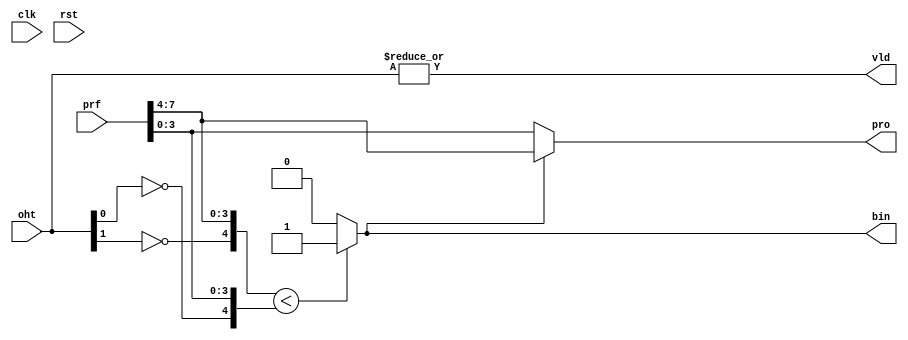
////////////////////////////////////////////////////////////////////////////////////
// Copyright (c) 2015 ; The University of British Columbia ; All rights reserved. //
//                                                                                //
// Redistribution  and  use  in  source   and  binary  forms,   with  or  without //
// modification,  are permitted  provided that  the following conditions are met: //
//   * Redistributions   of  source   code  must  retain   the   above  copyright //
//     notice,  this   list   of   conditions   and   the  following  disclaimer. //
//   * Redistributions  in  binary  form  must  reproduce  the  above   copyright //
//     notice, this  list  of  conditions  and the  following  disclaimer in  the //
//     documentation and/or  other  materials  provided  with  the  distribution. //
//   * Neither the name of the University of British Columbia (UBC) nor the names //
//     of   its   contributors  may  be  used  to  endorse  or   promote products //
//     derived from  this  software without  specific  prior  written permission. //
//                                                                                //
// THIS  SOFTWARE IS  PROVIDED  BY THE COPYRIGHT HOLDERS AND CONTRIBUTORS "AS IS" //
// AND  ANY EXPRESS  OR IMPLIED WARRANTIES,  INCLUDING,  BUT NOT LIMITED TO,  THE //
// IMPLIED WARRANTIES OF MERCHANTABILITY AND FITNESS FOR A PARTICULAR PURPOSE ARE //
// DISCLAIMED.  IN NO  EVENT SHALL University of British Columbia (UBC) BE LIABLE //
// FOR ANY DIRECT,  INDIRECT,  INCIDENTAL,  SPECIAL,  EXEMPLARY, OR CONSEQUENTIAL //
// DAMAGES  (INCLUDING,  BUT NOT LIMITED TO,  PROCUREMENT OF  SUBSTITUTE GOODS OR //
// SERVICES;  LOSS OF USE,  DATA,  OR PROFITS;  OR BUSINESS INTERRUPTION) HOWEVER //
// CAUSED AND ON ANY THEORY OF LIABILITY,  WHETHER IN CONTRACT, STRICT LIABILITY, //
// OR TORT  (INCLUDING NEGLIGENCE OR OTHERWISE) ARISING IN ANY WAY OUT OF THE USE //
// OF  THIS SOFTWARE,  EVEN  IF  ADVISED  OF  THE  POSSIBILITY  OF  SUCH  DAMAGE. //
////////////////////////////////////////////////////////////////////////////////////

////////////////////////////////////////////////////////////////////////////////////
// lpm_out: Recursive Longest-Prefix-Macth (LPM) encoder; Automatically generated//
//                                                                                //
//   BRAM-based II-TCAM ; The University of British Columbia (UBC) ;  Dec. 2015   //
////////////////////////////////////////////////////////////////////////////////////

// lpm2_out: 2-bit  Longest-Prefix-Macth (LPM) sub-module; Automatically generated
module lpm2_out(input clk, input rst, input [2-1:0] oht, input [4*2-1:0] prf, output [1-1:0] bin, output [4-1:0] pro, output vld);
  wire [4:0] p0 = { !oht[0] ,  prf[  4-1:0] }; // unpacked input prefix
  wire [4:0] p1 = { !oht[1] ,  prf[2*4-1:4] }; // unpacked input prefix
  assign    bin = (p1<p0) ? 1'b1 : 1'b0      ; // LSP  of the minimum prefix index
  assign    pro = bin ? p1[4-1:0] : p0[4-1:0]; // lower valid minimum
  assign    vld = |oht                       ; // valid bits
endmodule

// lpm4_out: 4-bit  Longest-Prefix-Macth (LPM) sub-module; Automatically generated
module lpm4_out(input clk, input rst, input [4-1:0] oht, input [4*4-1:0] prf, output [2-1:0] bin, output [4-1:0] pro, output vld);
  // recursive calls for four narrower (half the inout width) LPM encoders
  wire [2-2:0] binI[1:0]; wire [1:0] vldI; wire [4-1:0] proI [1:0];
  lpm2_out lpm2_out_in0(clk,rst,oht[4/2-1:0    ],prf[4/2*4-1:0    ],binI[0],proI[0],vldI[0]);
  lpm2_out lpm2_out_in1(clk,rst,oht[4  -1:  4/2],prf[4  *4-1:4/2*4],binI[1],proI[1],vldI[1]);
  // register input LPM encoders outputs if pipelining is required; otherwise assign only
  wire [2-2:0] binII[1:0]; wire [4-1:0] proII[1:0]; wire [   1:0] vldII;
  reg [2-2:0] binIR[1:0]; reg [1:0] vldIR; reg [4-1:0] proIR[1:0];
  always @(posedge clk, posedge rst)
    if (rst) {binIR[1],binIR[0],proIR[1],proIR[0],vldIR} <= {(2*(2+4)){1'b0}};
    else     {binIR[1],binIR[0],proIR[1],proIR[0],vldIR} <= {binI[ 1],binI[ 0],proI[ 1],proI[ 0],vldI };
  assign     {binII[1],binII[0],proII[1],proII[0],vldII} =  {binIR[1],binIR[0],proIR[1],proIR[0],vldIR};
  // output lpm2 to generate indices from valid bits
  lpm2_out lpm2_out_out0(clk,rst,vldII,{proII[1],proII[0]},bin[2-1:2-1],pro,vld);
  assign bin[2-2:0] = bin[2-1:2-1] ? binII[1] : binII[0];
endmodule

// lpm8_out: 8-bit  Longest-Prefix-Macth (LPM) sub-module; Automatically generated
module lpm8_out(input clk, input rst, input [8-1:0] oht, input [4*8-1:0] prf, output [3-1:0] bin, output [4-1:0] pro, output vld);
  // recursive calls for four narrower (half the inout width) LPM encoders
  wire [3-2:0] binI[1:0]; wire [1:0] vldI; wire [4-1:0] proI [1:0];
  lpm4_out lpm4_out_in0(clk,rst,oht[8/2-1:0    ],prf[8/2*4-1:0    ],binI[0],proI[0],vldI[0]);
  lpm4_out lpm4_out_in1(clk,rst,oht[8  -1:  8/2],prf[8  *4-1:8/2*4],binI[1],proI[1],vldI[1]);
  // register input LPM encoders outputs if pipelining is required; otherwise assign only
  wire [3-2:0] binII[1:0]; wire [4-1:0] proII[1:0]; wire [   1:0] vldII;
  reg [3-2:0] binIR[1:0]; reg [1:0] vldIR; reg [4-1:0] proIR[1:0];
  always @(posedge clk, posedge rst)
    if (rst) {binIR[1],binIR[0],proIR[1],proIR[0],vldIR} <= {(2*(3+4)){1'b0}};
    else     {binIR[1],binIR[0],proIR[1],proIR[0],vldIR} <= {binI[ 1],binI[ 0],proI[ 1],proI[ 0],vldI };
  assign     {binII[1],binII[0],proII[1],proII[0],vldII} =  {binIR[1],binIR[0],proIR[1],proIR[0],vldIR};
  // output lpm2 to generate indices from valid bits
  lpm2_out lpm2_out_out0(clk,rst,vldII,{proII[1],proII[0]},bin[3-1:3-1],pro,vld);
  assign bin[3-2:0] = bin[3-1:3-1] ? binII[1] : binII[0];
endmodule

// lpm16_out: 16-bit  Longest-Prefix-Macth (LPM) sub-module; Automatically generated
module lpm16_out(input clk, input rst, input [16-1:0] oht, input [4*16-1:0] prf, output [4-1:0] bin, output [4-1:0] pro, output vld);
  // recursive calls for four narrower (half the inout width) LPM encoders
  wire [4-2:0] binI[1:0]; wire [1:0] vldI; wire [4-1:0] proI [1:0];
  lpm8_out lpm8_out_in0(clk,rst,oht[16/2-1:0    ],prf[16/2*4-1:0    ],binI[0],proI[0],vldI[0]);
  lpm8_out lpm8_out_in1(clk,rst,oht[16  -1:  16/2],prf[16  *4-1:16/2*4],binI[1],proI[1],vldI[1]);
  // register input LPM encoders outputs if pipelining is required; otherwise assign only
  wire [4-2:0] binII[1:0]; wire [4-1:0] proII[1:0]; wire [   1:0] vldII;
  reg [4-2:0] binIR[1:0]; reg [1:0] vldIR; reg [4-1:0] proIR[1:0];
  always @(posedge clk, posedge rst)
    if (rst) {binIR[1],binIR[0],proIR[1],proIR[0],vldIR} <= {(2*(4+4)){1'b0}};
    else     {binIR[1],binIR[0],proIR[1],proIR[0],vldIR} <= {binI[ 1],binI[ 0],proI[ 1],proI[ 0],vldI };
  assign     {binII[1],binII[0],proII[1],proII[0],vldII} =  {binIR[1],binIR[0],proIR[1],proIR[0],vldIR};
  // output lpm2 to generate indices from valid bits
  lpm2_out lpm2_out_out0(clk,rst,vldII,{proII[1],proII[0]},bin[4-1:4-1],pro,vld);
  assign bin[4-2:0] = bin[4-1:4-1] ? binII[1] : binII[0];
endmodule

// lpm32_out: 32-bit  Longest-Prefix-Macth (LPM) sub-module; Automatically generated
module lpm32_out(input clk, input rst, input [32-1:0] oht, input [4*32-1:0] prf, output [5-1:0] bin, output [4-1:0] pro, output vld);
  // recursive calls for four narrower (half the inout width) LPM encoders
  wire [5-2:0] binI[1:0]; wire [1:0] vldI; wire [4-1:0] proI [1:0];
  lpm16_out lpm16_out_in0(clk,rst,oht[32/2-1:0    ],prf[32/2*4-1:0    ],binI[0],proI[0],vldI[0]);
  lpm16_out lpm16_out_in1(clk,rst,oht[32  -1:  32/2],prf[32  *4-1:32/2*4],binI[1],proI[1],vldI[1]);
  // register input LPM encoders outputs if pipelining is required; otherwise assign only
  wire [5-2:0] binII[1:0]; wire [4-1:0] proII[1:0]; wire [   1:0] vldII;
  reg [5-2:0] binIR[1:0]; reg [1:0] vldIR; reg [4-1:0] proIR[1:0];
  always @(posedge clk, posedge rst)
    if (rst) {binIR[1],binIR[0],proIR[1],proIR[0],vldIR} <= {(2*(5+4)){1'b0}};
    else     {binIR[1],binIR[0],proIR[1],proIR[0],vldIR} <= {binI[ 1],binI[ 0],proI[ 1],proI[ 0],vldI };
  assign     {binII[1],binII[0],proII[1],proII[0],vldII} =  {binIR[1],binIR[0],proIR[1],proIR[0],vldIR};
  // output lpm2 to generate indices from valid bits
  lpm2_out lpm2_out_out0(clk,rst,vldII,{proII[1],proII[0]},bin[5-1:5-1],pro,vld);
  assign bin[5-2:0] = bin[5-1:5-1] ? binII[1] : binII[0];
endmodule

// lpm64_out: 64-bit  Longest-Prefix-Macth (LPM) sub-module; Automatically generated
module lpm64_out(input clk, input rst, input [64-1:0] oht, input [4*64-1:0] prf, output [6-1:0] bin, output [4-1:0] pro, output vld);
  // recursive calls for four narrower (half the inout width) LPM encoders
  wire [6-2:0] binI[1:0]; wire [1:0] vldI; wire [4-1:0] proI [1:0];
  lpm32_out lpm32_out_in0(clk,rst,oht[64/2-1:0    ],prf[64/2*4-1:0    ],binI[0],proI[0],vldI[0]);
  lpm32_out lpm32_out_in1(clk,rst,oht[64  -1:  64/2],prf[64  *4-1:64/2*4],binI[1],proI[1],vldI[1]);
  // register input LPM encoders outputs if pipelining is required; otherwise assign only
  wire [6-2:0] binII[1:0]; wire [4-1:0] proII[1:0]; wire [   1:0] vldII;
  reg [6-2:0] binIR[1:0]; reg [1:0] vldIR; reg [4-1:0] proIR[1:0];
  always @(posedge clk, posedge rst)
    if (rst) {binIR[1],binIR[0],proIR[1],proIR[0],vldIR} <= {(2*(6+4)){1'b0}};
    else     {binIR[1],binIR[0],proIR[1],proIR[0],vldIR} <= {binI[ 1],binI[ 0],proI[ 1],proI[ 0],vldI };
  assign     {binII[1],binII[0],proII[1],proII[0],vldII} =  {binIR[1],binIR[0],proIR[1],proIR[0],vldIR};
  // output lpm2 to generate indices from valid bits
  lpm2_out lpm2_out_out0(clk,rst,vldII,{proII[1],proII[0]},bin[6-1:6-1],pro,vld);
  assign bin[6-2:0] = bin[6-1:6-1] ? binII[1] : binII[0];
endmodule

// lpm128_out: 128-bit  Longest-Prefix-Macth (LPM) sub-module; Automatically generated
module lpm128_out(input clk, input rst, input [128-1:0] oht, input [4*128-1:0] prf, output [7-1:0] bin, output [4-1:0] pro, output vld);
  // recursive calls for four narrower (half the inout width) LPM encoders
  wire [7-2:0] binI[1:0]; wire [1:0] vldI; wire [4-1:0] proI [1:0];
  lpm64_out lpm64_out_in0(clk,rst,oht[128/2-1:0    ],prf[128/2*4-1:0    ],binI[0],proI[0],vldI[0]);
  lpm64_out lpm64_out_in1(clk,rst,oht[128  -1:  128/2],prf[128  *4-1:128/2*4],binI[1],proI[1],vldI[1]);
  // register input LPM encoders outputs if pipelining is required; otherwise assign only
  wire [7-2:0] binII[1:0]; wire [4-1:0] proII[1:0]; wire [   1:0] vldII;
  reg [7-2:0] binIR[1:0]; reg [1:0] vldIR; reg [4-1:0] proIR[1:0];
  always @(posedge clk, posedge rst)
    if (rst) {binIR[1],binIR[0],proIR[1],proIR[0],vldIR} <= {(2*(7+4)){1'b0}};
    else     {binIR[1],binIR[0],proIR[1],proIR[0],vldIR} <= {binI[ 1],binI[ 0],proI[ 1],proI[ 0],vldI };
  assign     {binII[1],binII[0],proII[1],proII[0],vldII} =  {binIR[1],binIR[0],proIR[1],proIR[0],vldIR};
  // output lpm2 to generate indices from valid bits
  lpm2_out lpm2_out_out0(clk,rst,vldII,{proII[1],proII[0]},bin[7-1:7-1],pro,vld);
  assign bin[7-2:0] = bin[7-1:7-1] ? binII[1] : binII[0];
endmodule

// lpm256_out: 256-bit  Longest-Prefix-Macth (LPM) sub-module; Automatically generated
module lpm256_out(input clk, input rst, input [256-1:0] oht, input [4*256-1:0] prf, output [8-1:0] bin, output [4-1:0] pro, output vld);
  // recursive calls for four narrower (half the inout width) LPM encoders
  wire [8-2:0] binI[1:0]; wire [1:0] vldI; wire [4-1:0] proI [1:0];
  lpm128_out lpm128_out_in0(clk,rst,oht[256/2-1:0    ],prf[256/2*4-1:0    ],binI[0],proI[0],vldI[0]);
  lpm128_out lpm128_out_in1(clk,rst,oht[256  -1:  256/2],prf[256  *4-1:256/2*4],binI[1],proI[1],vldI[1]);
  // register input LPM encoders outputs if pipelining is required; otherwise assign only
  wire [8-2:0] binII[1:0]; wire [4-1:0] proII[1:0]; wire [   1:0] vldII;
  reg [8-2:0] binIR[1:0]; reg [1:0] vldIR; reg [4-1:0] proIR[1:0];
  always @(posedge clk, posedge rst)
    if (rst) {binIR[1],binIR[0],proIR[1],proIR[0],vldIR} <= {(2*(8+4)){1'b0}};
    else     {binIR[1],binIR[0],proIR[1],proIR[0],vldIR} <= {binI[ 1],binI[ 0],proI[ 1],proI[ 0],vldI };
  assign     {binII[1],binII[0],proII[1],proII[0],vldII} =  {binIR[1],binIR[0],proIR[1],proIR[0],vldIR};
  // output lpm2 to generate indices from valid bits
  lpm2_out lpm2_out_out0(clk,rst,vldII,{proII[1],proII[0]},bin[8-1:8-1],pro,vld);
  assign bin[8-2:0] = bin[8-1:8-1] ? binII[1] : binII[0];
endmodule

// lpm512_out: 512-bit  Longest-Prefix-Macth (LPM) sub-module; Automatically generated
module lpm512_out(input clk, input rst, input [512-1:0] oht, input [4*512-1:0] prf, output [9-1:0] bin, output [4-1:0] pro, output vld);
  // recursive calls for four narrower (half the inout width) LPM encoders
  wire [9-2:0] binI[1:0]; wire [1:0] vldI; wire [4-1:0] proI [1:0];
  lpm256_out lpm256_out_in0(clk,rst,oht[512/2-1:0    ],prf[512/2*4-1:0    ],binI[0],proI[0],vldI[0]);
  lpm256_out lpm256_out_in1(clk,rst,oht[512  -1:  512/2],prf[512  *4-1:512/2*4],binI[1],proI[1],vldI[1]);
  // register input LPM encoders outputs if pipelining is required; otherwise assign only
  wire [9-2:0] binII[1:0]; wire [4-1:0] proII[1:0]; wire [   1:0] vldII;
  reg [9-2:0] binIR[1:0]; reg [1:0] vldIR; reg [4-1:0] proIR[1:0];
  always @(posedge clk, posedge rst)
    if (rst) {binIR[1],binIR[0],proIR[1],proIR[0],vldIR} <= {(2*(9+4)){1'b0}};
    else     {binIR[1],binIR[0],proIR[1],proIR[0],vldIR} <= {binI[ 1],binI[ 0],proI[ 1],proI[ 0],vldI };
  assign     {binII[1],binII[0],proII[1],proII[0],vldII} =  {binIR[1],binIR[0],proIR[1],proIR[0],vldIR};
  // output lpm2 to generate indices from valid bits
  lpm2_out lpm2_out_out0(clk,rst,vldII,{proII[1],proII[0]},bin[9-1:9-1],pro,vld);
  assign bin[9-2:0] = bin[9-1:9-1] ? binII[1] : binII[0];
endmodule

// lpm1024_out: 1024-bit  Longest-Prefix-Macth (LPM) sub-module; Automatically generated
module lpm1024_out(input clk, input rst, input [1024-1:0] oht, input [4*1024-1:0] prf, output [10-1:0] bin, output [4-1:0] pro, output vld);
  // recursive calls for four narrower (half the inout width) LPM encoders
  wire [10-2:0] binI[1:0]; wire [1:0] vldI; wire [4-1:0] proI [1:0];
  lpm512_out lpm512_out_in0(clk,rst,oht[1024/2-1:0    ],prf[1024/2*4-1:0    ],binI[0],proI[0],vldI[0]);
  lpm512_out lpm512_out_in1(clk,rst,oht[1024  -1:  1024/2],prf[1024  *4-1:1024/2*4],binI[1],proI[1],vldI[1]);
  // register input LPM encoders outputs if pipelining is required; otherwise assign only
  wire [10-2:0] binII[1:0]; wire [4-1:0] proII[1:0]; wire [   1:0] vldII;
  reg [10-2:0] binIR[1:0]; reg [1:0] vldIR; reg [4-1:0] proIR[1:0];
  always @(posedge clk, posedge rst)
    if (rst) {binIR[1],binIR[0],proIR[1],proIR[0],vldIR} <= {(2*(10+4)){1'b0}};
    else     {binIR[1],binIR[0],proIR[1],proIR[0],vldIR} <= {binI[ 1],binI[ 0],proI[ 1],proI[ 0],vldI };
  assign     {binII[1],binII[0],proII[1],proII[0],vldII} =  {binIR[1],binIR[0],proIR[1],proIR[0],vldIR};
  // output lpm2 to generate indices from valid bits
  lpm2_out lpm2_out_out0(clk,rst,vldII,{proII[1],proII[0]},bin[10-1:10-1],pro,vld);
  assign bin[10-2:0] = bin[10-1:10-1] ? binII[1] : binII[0];
endmodule

// lpm2048_out: 2048-bit  Longest-Prefix-Macth (LPM) sub-module; Automatically generated
module lpm2048_out(input clk, input rst, input [2048-1:0] oht, input [4*2048-1:0] prf, output [11-1:0] bin, output [4-1:0] pro, output vld);
  // recursive calls for four narrower (half the inout width) LPM encoders
  wire [11-2:0] binI[1:0]; wire [1:0] vldI; wire [4-1:0] proI [1:0];
  lpm1024_out lpm1024_out_in0(clk,rst,oht[2048/2-1:0    ],prf[2048/2*4-1:0    ],binI[0],proI[0],vldI[0]);
  lpm1024_out lpm1024_out_in1(clk,rst,oht[2048  -1:  2048/2],prf[2048  *4-1:2048/2*4],binI[1],proI[1],vldI[1]);
  // register input LPM encoders outputs if pipelining is required; otherwise assign only
  wire [11-2:0] binII[1:0]; wire [4-1:0] proII[1:0]; wire [   1:0] vldII;
  reg [11-2:0] binIR[1:0]; reg [1:0] vldIR; reg [4-1:0] proIR[1:0];
  always @(posedge clk, posedge rst)
    if (rst) {binIR[1],binIR[0],proIR[1],proIR[0],vldIR} <= {(2*(11+4)){1'b0}};
    else     {binIR[1],binIR[0],proIR[1],proIR[0],vldIR} <= {binI[ 1],binI[ 0],proI[ 1],proI[ 0],vldI };
  assign     {binII[1],binII[0],proII[1],proII[0],vldII} =  {binIR[1],binIR[0],proIR[1],proIR[0],vldIR};
  // output lpm2 to generate indices from valid bits
  lpm2_out lpm2_out_out0(clk,rst,vldII,{proII[1],proII[0]},bin[11-1:11-1],pro,vld);
  assign bin[11-2:0] = bin[11-1:11-1] ? binII[1] : binII[0];
endmodule

// lpm4096_out: 4096-bit  Longest-Prefix-Macth (LPM) sub-module; Automatically generated
module lpm4096_out(input clk, input rst, input [4096-1:0] oht, input [4*4096-1:0] prf, output [12-1:0] bin, output [4-1:0] pro, output vld);
  // recursive calls for four narrower (half the inout width) LPM encoders
  wire [12-2:0] binI[1:0]; wire [1:0] vldI; wire [4-1:0] proI [1:0];
  lpm2048_out lpm2048_out_in0(clk,rst,oht[4096/2-1:0    ],prf[4096/2*4-1:0    ],binI[0],proI[0],vldI[0]);
  lpm2048_out lpm2048_out_in1(clk,rst,oht[4096  -1:  4096/2],prf[4096  *4-1:4096/2*4],binI[1],proI[1],vldI[1]);
  // register input LPM encoders outputs if pipelining is required; otherwise assign only
  wire [12-2:0] binII[1:0]; wire [4-1:0] proII[1:0]; wire [   1:0] vldII;
  reg [12-2:0] binIR[1:0]; reg [1:0] vldIR; reg [4-1:0] proIR[1:0];
  always @(posedge clk, posedge rst)
    if (rst) {binIR[1],binIR[0],proIR[1],proIR[0],vldIR} <= {(2*(12+4)){1'b0}};
    else     {binIR[1],binIR[0],proIR[1],proIR[0],vldIR} <= {binI[ 1],binI[ 0],proI[ 1],proI[ 0],vldI };
  assign     {binII[1],binII[0],proII[1],proII[0],vldII} =  {binIR[1],binIR[0],proIR[1],proIR[0],vldIR};
  // output lpm2 to generate indices from valid bits
  lpm2_out lpm2_out_out0(clk,rst,vldII,{proII[1],proII[0]},bin[12-1:12-1],pro,vld);
  assign bin[12-2:0] = bin[12-1:12-1] ? binII[1] : binII[0];
endmodule

// lpm8192_out: 8192-bit  Longest-Prefix-Macth (LPM) sub-module; Automatically generated
module lpm8192_out(input clk, input rst, input [8192-1:0] oht, input [4*8192-1:0] prf, output [13-1:0] bin, output [4-1:0] pro, output vld);
  // recursive calls for four narrower (half the inout width) LPM encoders
  wire [13-2:0] binI[1:0]; wire [1:0] vldI; wire [4-1:0] proI [1:0];
  lpm4096_out lpm4096_out_in0(clk,rst,oht[8192/2-1:0    ],prf[8192/2*4-1:0    ],binI[0],proI[0],vldI[0]);
  lpm4096_out lpm4096_out_in1(clk,rst,oht[8192  -1:  8192/2],prf[8192  *4-1:8192/2*4],binI[1],proI[1],vldI[1]);
  // register input LPM encoders outputs if pipelining is required; otherwise assign only
  wire [13-2:0] binII[1:0]; wire [4-1:0] proII[1:0]; wire [   1:0] vldII;
  reg [13-2:0] binIR[1:0]; reg [1:0] vldIR; reg [4-1:0] proIR[1:0];
  always @(posedge clk, posedge rst)
    if (rst) {binIR[1],binIR[0],proIR[1],proIR[0],vldIR} <= {(2*(13+4)){1'b0}};
    else     {binIR[1],binIR[0],proIR[1],proIR[0],vldIR} <= {binI[ 1],binI[ 0],proI[ 1],proI[ 0],vldI };
  assign     {binII[1],binII[0],proII[1],proII[0],vldII} =  {binIR[1],binIR[0],proIR[1],proIR[0],vldIR};
  // output lpm2 to generate indices from valid bits
  lpm2_out lpm2_out_out0(clk,rst,vldII,{proII[1],proII[0]},bin[13-1:13-1],pro,vld);
  assign bin[13-2:0] = bin[13-1:13-1] ? binII[1] : binII[0];
endmodule

// lpm_out.v: LPM encoder top module file; Automatically generated
module lpm_out(input clk, input rst, input [8192-1:0] oht, input [4*8192-1:0] prf,output [13-1:0] bin, output vld);
  wire [8192-1:0] ohtR = oht; wire [4*8192-1:0] prfR = prf;
  wire [13-1:0] binII; wire vldI;
  // instantiate peiority encoder
  lpm8192_out lpm8192_out_0(clk,rst,ohtR,prfR,binII,,vldI);
  assign {bin,vld} = {binII ,vldI };
endmodule